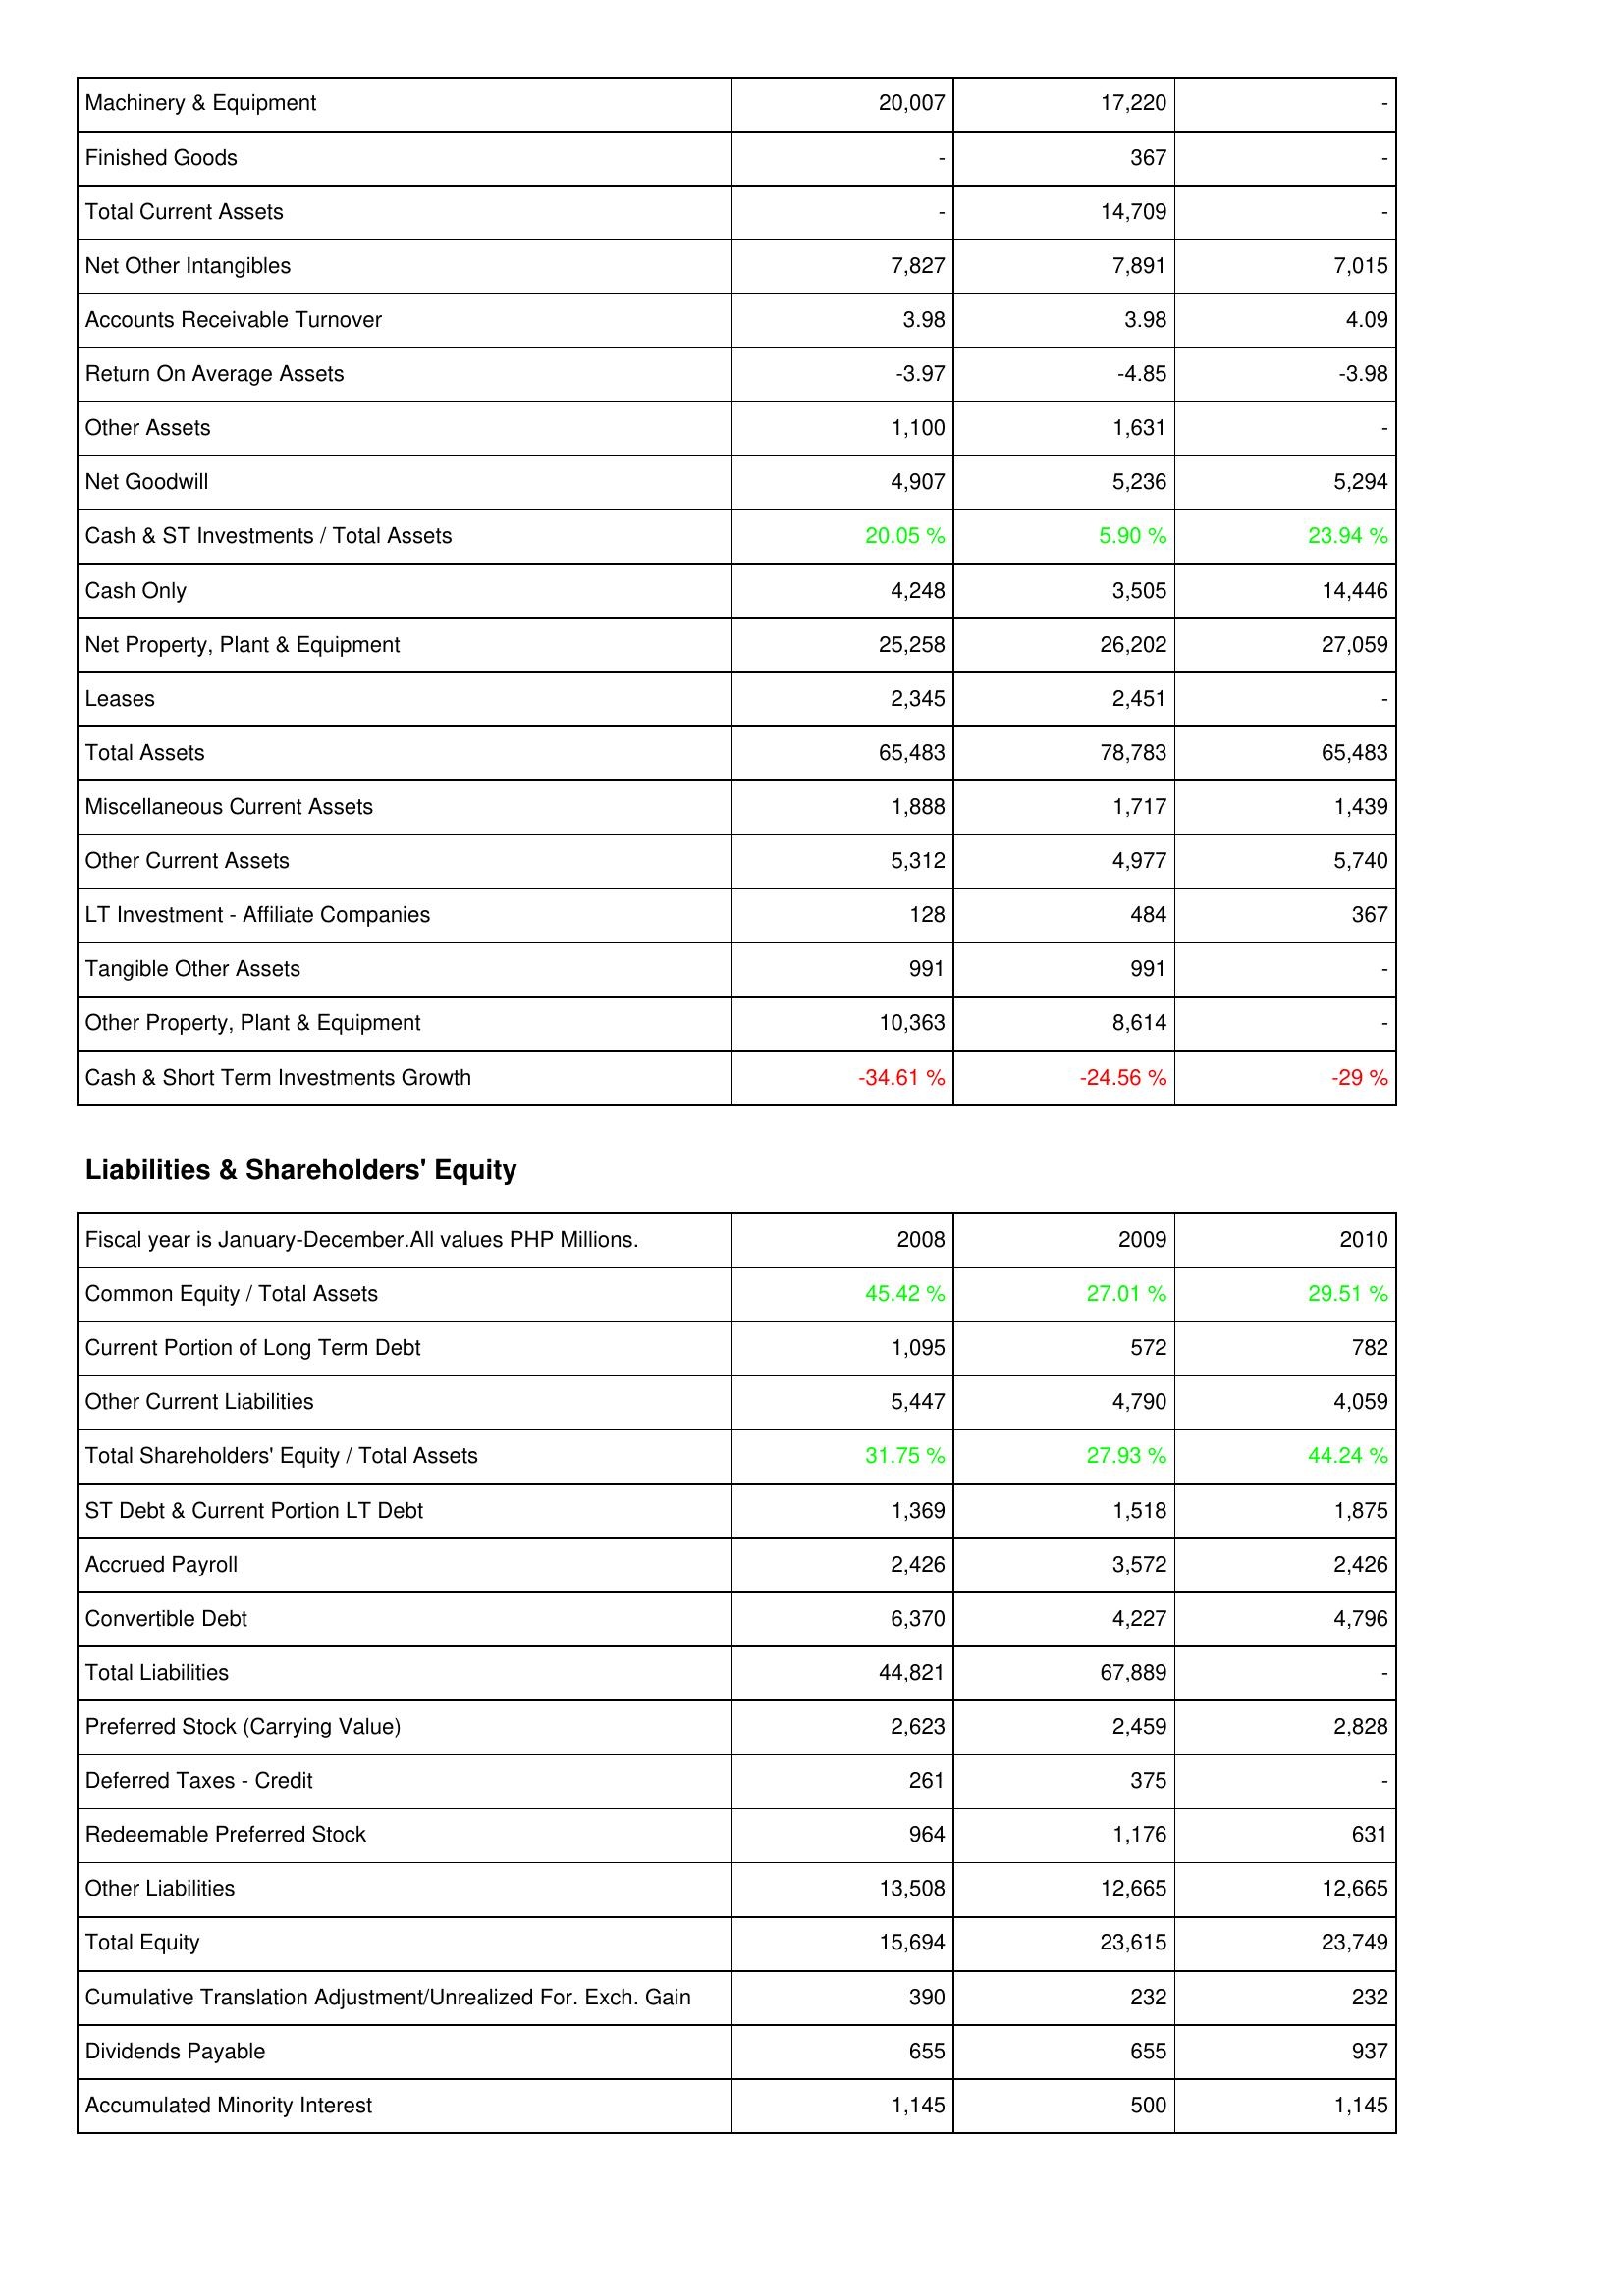
2008: Assets: Machinery & Equipment: 20,007
Finished Goods: -
Total Current Assets: -
Net Other Intangibles: 7,827
Accounts Receivable Turnover: 3.98
Return On Average Assets: -3.97
Other Assets: 1,100
Net Goodwill: 4,907
Cash & ST Investments / Total Assets: 20.05 %
Cash Only: 4,248
Net Property, Plant & Equipment: 25,258
Leases: 2,345
Total Assets: 65,483
Miscellaneous Current Assets: 1,888
Other Current Assets: 5,312
LT Investment - Affiliate Companies: 128
Tangible Other Assets: 991
Other Property, Plant & Equipment: 10,363
Cash & Short Term Investments Growth: -34.61 %
Liabilities & Shareholders' Equity: Common Equity / Total Assets: 45.42 %
Current Portion of Long Term Debt: 1,095
Other Current Liabilities: 5,447
Total Shareholders' Equity / Total Assets: 31.75 %
ST Debt & Current Portion LT Debt: 1,369
Accrued Payroll: 2,426
Convertible Debt: 6,370
Total Liabilities: 44,821
Preferred Stock (Carrying Value): 2,623
Deferred Taxes - Credit: 261
Redeemable Preferred Stock: 964
Other Liabilities: 13,508
Total Equity: 15,694
Cumulative Translation Adjustment/Unrealized For. Exch. Gain: 390
Dividends Payable: 655
Accumulated Minority Interest: 1,145
2009: Assets: Machinery & Equipment: 17,220
Finished Goods: 367
Total Current Assets: 14,709
Net Other Intangibles: 7,891
Accounts Receivable Turnover: 3.98
Return On Average Assets: -4.85
Other Assets: 1,631
Net Goodwill: 5,236
Cash & ST Investments / Total Assets: 5.90 %
Cash Only: 3,505
Net Property, Plant & Equipment: 26,202
Leases: 2,451
Total Assets: 78,783
Miscellaneous Current Assets: 1,717
Other Current Assets: 4,977
LT Investment - Affiliate Companies: 484
Tangible Other Assets: 991
Other Property, Plant & Equipment: 8,614
Cash & Short Term Investments Growth: -24.56 %
Liabilities & Shareholders' Equity: Common Equity / Total Assets: 27.01 %
Current Portion of Long Term Debt: 572
Other Current Liabilities: 4,790
Total Shareholders' Equity / Total Assets: 27.93 %
ST Debt & Current Portion LT Debt: 1,518
Accrued Payroll: 3,572
Convertible Debt: 4,227
Total Liabilities: 67,889
Preferred Stock (Carrying Value): 2,459
Deferred Taxes - Credit: 375
Redeemable Preferred Stock: 1,176
Other Liabilities: 12,665
Total Equity: 23,615
Cumulative Translation Adjustment/Unrealized For. Exch. Gain: 232
Dividends Payable: 655
Accumulated Minority Interest: 500
2010: Assets: Machinery & Equipment: -
Finished Goods: -
Total Current Assets: -
Net Other Intangibles: 7,015
Accounts Receivable Turnover: 4.09
Return On Average Assets: -3.98
Other Assets: -
Net Goodwill: 5,294
Cash & ST Investments / Total Assets: 23.94 %
Cash Only: 14,446
Net Property, Plant & Equipment: 27,059
Leases: -
Total Assets: 65,483
Miscellaneous Current Assets: 1,439
Other Current Assets: 5,740
LT Investment - Affiliate Companies: 367
Tangible Other Assets: -
Other Property, Plant & Equipment: -
Cash & Short Term Investments Growth: -29 %
Liabilities & Shareholders' Equity: Common Equity / Total Assets: 29.51 %
Current Portion of Long Term Debt: 782
Other Current Liabilities: 4,059
Total Shareholders' Equity / Total Assets: 44.24 %
ST Debt & Current Portion LT Debt: 1,875
Accrued Payroll: 2,426
Convertible Debt: 4,796
Total Liabilities: -
Preferred Stock (Carrying Value): 2,828
Deferred Taxes - Credit: -
Redeemable Preferred Stock: 631
Other Liabilities: 12,665
Total Equity: 23,749
Cumulative Translation Adjustment/Unrealized For. Exch. Gain: 232
Dividends Payable: 937
Accumulated Minority Interest: 1,145